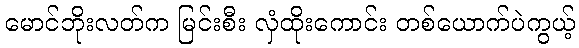
မောင်ဘိုးလတ်က မြင်းစီး လှံထိုးကောင်း တစ်ယောက်ပဲကွယ့်